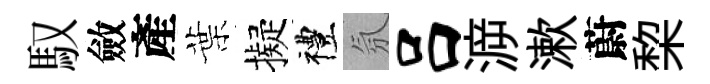
馭斂產葉擬禮氛吕㴑漱蔚棃